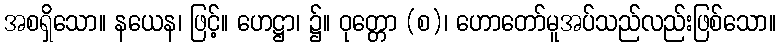
အစရှိသော။ နယေန၊ ဖြင့်။ ဟေဋ္ဌာ၊ ၌။ ဝုတ္တော (စ)၊ ဟောတော်မူအပ်သည်လည်းဖြစ်သော။